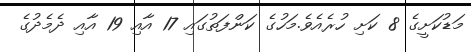
މަޑުކަށީގެ 8 ކަށި ހުރެއެވެ.މަހުގެ ކަންފަތުގައި 17 އާއި 19 އާއި ދެމެދުގެ